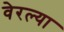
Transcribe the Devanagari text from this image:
वेरल्या